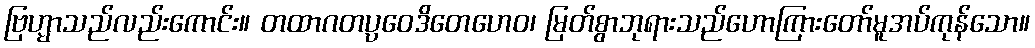
ဗြဟ္မာသည်လည်းကောင်း။ တထာဂတပ္ပဝေဒိတေဟေဝ၊ မြတ်စွာဘုရားသည်ဟောကြားတော်မူအပ်ကုန်သော။